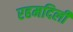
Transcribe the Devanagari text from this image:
रहमदिली